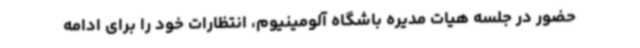
حضور در جلسه هیات مدیره باشگاه آلومینیوم، انتظارات خود را برای ادامه